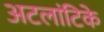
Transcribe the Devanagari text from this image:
अटलांटिके